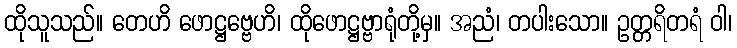
ထိုသူသည်။ တေဟိ ဖောဋ္ဌဗ္ဗေဟိ၊ ထိုဖောဋ္ဌဗ္ဗာရုံတို့မှ။ အညံ၊ တပါးသော။ ဥတ္တရိတရံ ဝါ၊